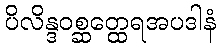
ပိလိန္ဒဝစ္ဆတ္ထေရအပဒါနံ